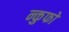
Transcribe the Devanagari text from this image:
न्कुफो